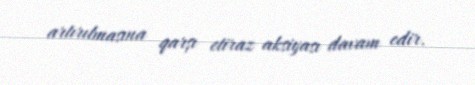
artırılmasına qarşı etiraz aksiyası davam edir.